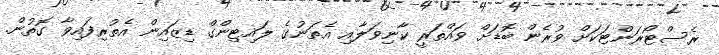
ރެސްޓޯރަންޓަކަށް ވުރެން ބޮޑަށް ވައްތަރީ ކާނިވަލާއި އެތަނުގެ ލައިޓިންގް ޑިޒައިން އެތުރިފައިވާ ގޮތުން.